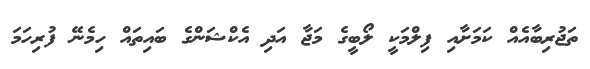
ތަޖުރިބާއެއް ކަމަށާއި ފިލްމަކީ ލޯބީގެ މަޖާ އަދި އެކްޝަންގެ ބައިތައް ހިމެނޭ ފުރިހަމަ